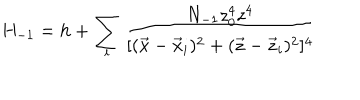
H _ { - 1 } = h + \sum _ { i } \frac { N _ { - 1 } z _ { 0 } ^ { 4 } z ^ { 4 } } { [ ( \vec { x } - \vec { x } _ { i } ) ^ { 2 } + ( \vec { z } - \vec { z } _ { i } ) ^ { 2 } ] ^ { 4 } }